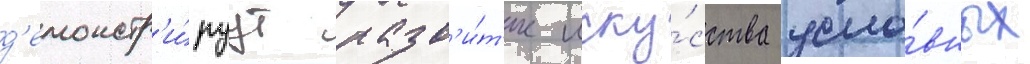
д'емонстр'и́руут разв'и́т'ие иску́сства усло́вных